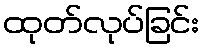
ထုတ်လုပ်ခြင်း